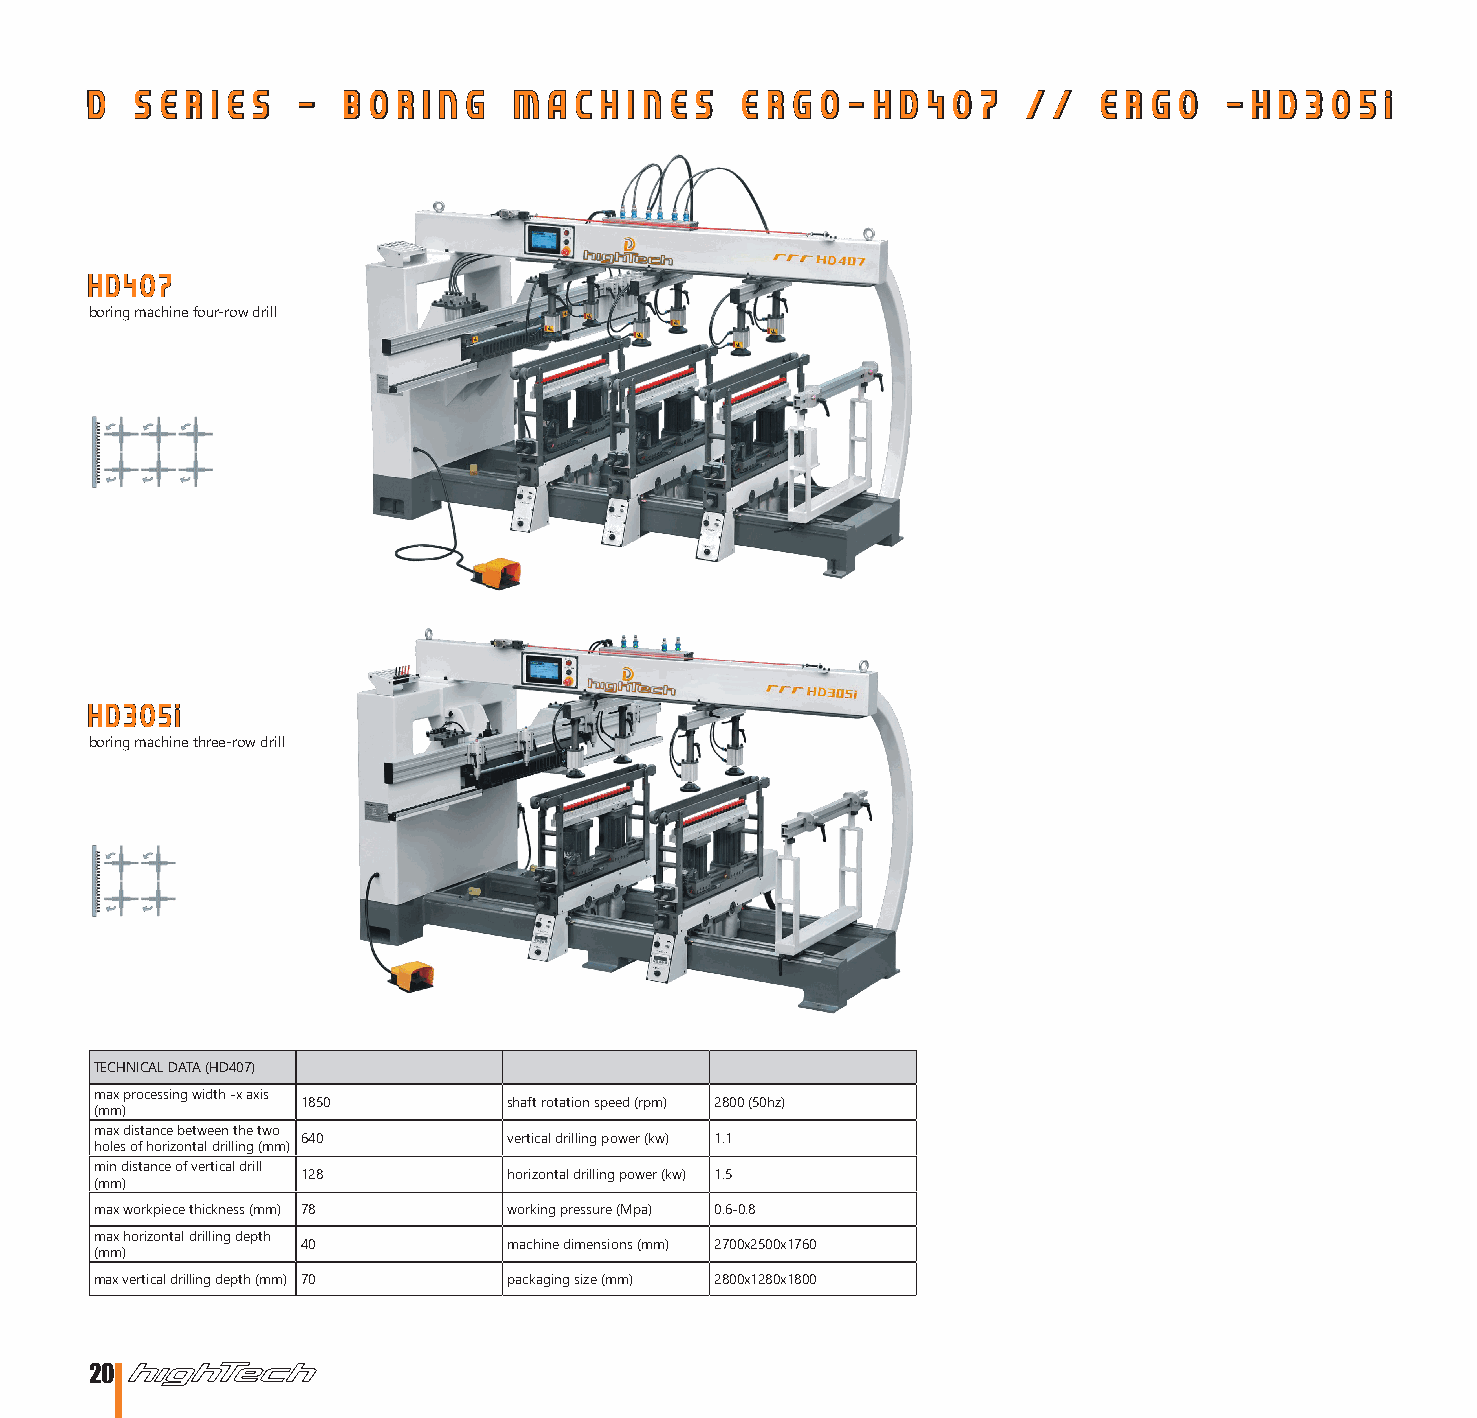
D  S E R I E S - B O R I N G M A C H I N E S E R G O - H D 4 0 7 / / E R G O - H D 3 0 5 i
 HD407
 boring machine four-row drill
 HD305i
 boring machine three-row drill
 TECHNICAL DATA (HD407)
 max processing width -x axis
 1850          shaft rotation speed (rpm) 2800 (50hz)
 (mm)
 max distance between the two
 640           vertical drilling power (kw) 1.1
 holes of horizontal drilling (mm)
 min distance of vertical drill
 128           horizontal drilling power (kw) 1.5
 (mm)
 max workpiece thickness (mm) 78 working pressure (Mpa) 0.6-0.8
 max horizontal drilling depth
 40            machine dimensions (mm) 2700x2500x1760
 (mm)
 max vertical drilling depth (mm) 70 packaging size (mm) 2800x1280x1800
 20